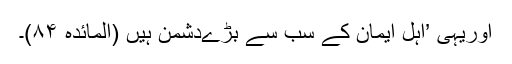
اوریہی ’اہل ایمان کے سب سے بڑےدشمن ہیں (المائدہ ۸۴)۔